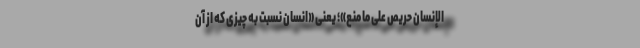
الإنسانُ حَريصٌ عَلى ما مُنِعَ»؛ یعنی «انسان نسبت به چیزی که از آن